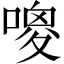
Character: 𠻦